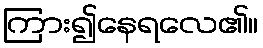
ကြား၍နေရလေ၏။